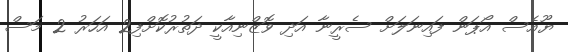
ޔޫއެސް އޯޕަން ފައިނަލަށް ސެރީނާ އަދި ވޮޒްނިއާކީ ދަތުރުކޮށްފި2 އަހަރު 2 މަސް